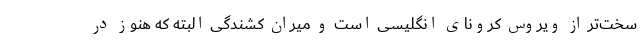
سخت‌تر از ویروس کرونای انگلیسی است و میران کشندگی البته که هنوز در